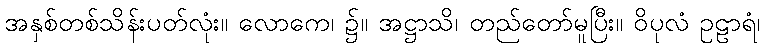
အနှစ်တစ်သိန်းပတ်လုံး။ လောကေ၊ ၌။ အဋ္ဌာသိ၊ တည်တော်မူပြီး။ ဝိပုလံ ဥဠာရံ၊